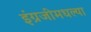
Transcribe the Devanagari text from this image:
इंग्रजीमधल्या